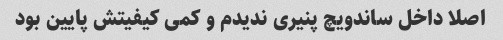
اصلا داخل ساندویچ پنیری ندیدم و کمی کیفیتش پایین بود